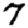
Digit: 7